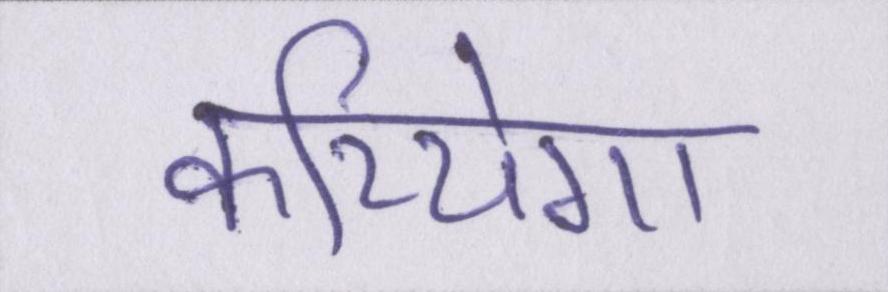
करियेगा